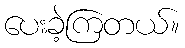
ပေးခဲ့ကြတယ်။